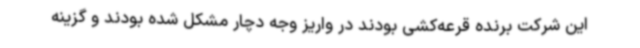
این شرکت برنده قرعه‌کشی بودند در واریز وجه دچار مشکل شده بودند و گزینه